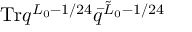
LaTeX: \mathrm { T r } q ^ { L _ { 0 } - 1 / 2 4 } \bar { q } ^ { \tilde { L } _ { 0 } - 1 / 2 4 }